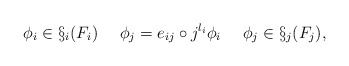
\begin{align*}\phi_i \in \S_i(F_i) ~~~~\phi_j = e_{ij}\circ j^{l_i}\phi_i ~~~~\phi_j \in \S_j(F_j) ,\end{align*}